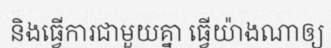
និងធ្វើការជាមួយគ្នា ធ្វើយ៉ាងណាឲ្យ